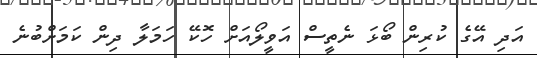
އަދި އޭގެ ކުރިން ބޯޅަ ނެތީސް އަވީލޯއަށް ހޮކޭ ހަމަލާ ދިން ކަމަށްބުނެ